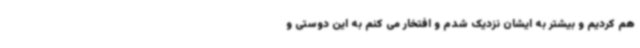
هم کردیم و بیشتر به ایشان نزدیک شدم و افتخار می کنم به این دوستی و